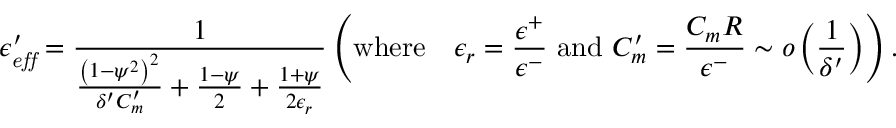
\epsilon _ { \it e f f } ^ { \prime } = \frac { 1 } { \frac { \left( 1 - \psi ^ { 2 } \right) ^ { 2 } } { \delta ^ { \prime } C _ { m } ^ { \prime } } + \frac { 1 - \psi } { 2 } + \frac { 1 + \psi } { 2 \epsilon _ { r } } } \left( \mathrm { w h e r e } \quad \epsilon _ { r } = \frac { \epsilon ^ { + } } { \epsilon ^ { - } } \mathrm { ~ a n d ~ } C _ { m } ^ { \prime } = \frac { C _ { m } R } { \epsilon ^ { - } } \sim o \left( \frac { 1 } { \delta ^ { \prime } } \right) \right) .